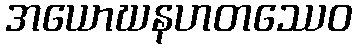
အယောဃနဟတဿေဝ